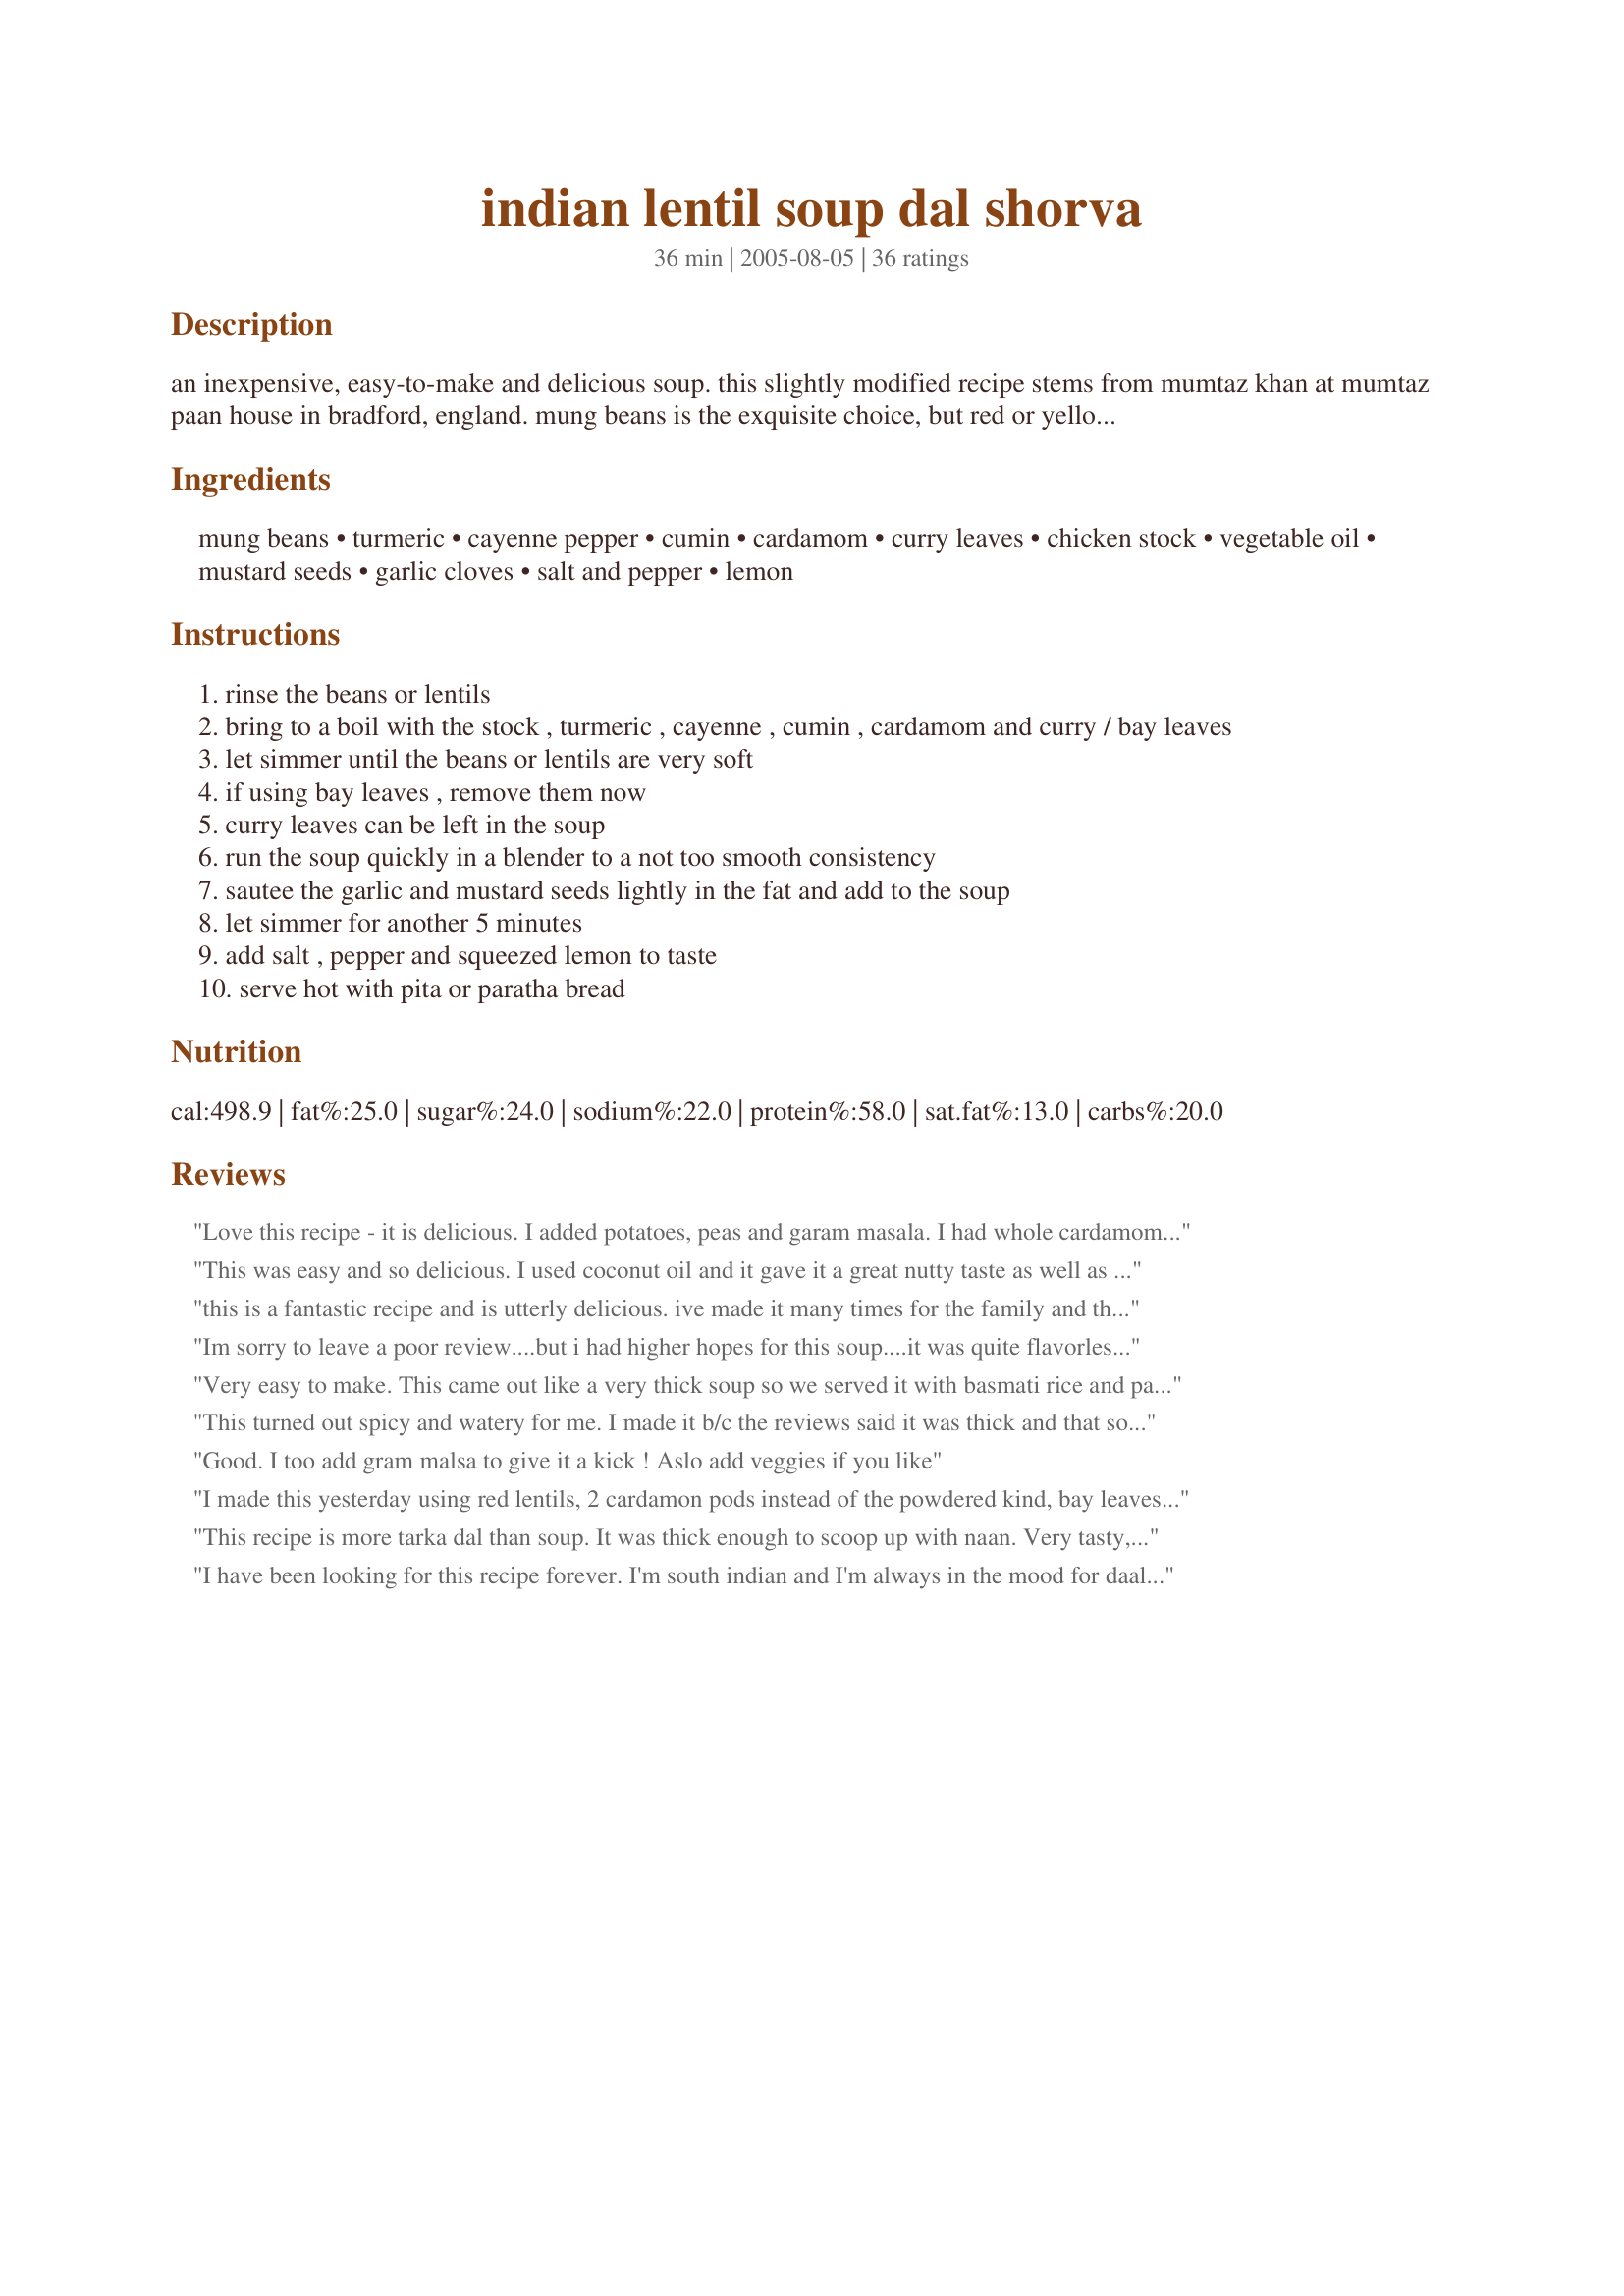
indian lentil soup dal shorva
Preparation time: 36 minutes

an inexpensive, easy-to-make and delicious soup. this slightly modified recipe stems from mumtaz khan at mumtaz paan house in bradford, england. mung beans is the exquisite choice, but red or yellow lentils also make a delicious result (green lentils are not recommended). the chicken stock can be replaced with vegetable stock for a vegetarian variety. this recipe can also be made with less liquid and served as a stew.¨

improvement, a little off tradition, but works even better: 1) fry the lentils/beans for a few seconds in ghee before adding the spices and liquid. 2) add just a little tomato purée (1 tsp) to the soup. 3) add one diced potato together with the lentils/beans.

Ingredients:
mung beans, turmeric, cayenne pepper, cumin, cardamom, curry leaves, chicken stock, vegetable oil, mustard seeds, garlic cloves, salt and pepper, lemon

Steps:
rinse the beans or lentils
bring to a boil with the stock , turmeric , cayenne , cumin , cardamom and curry / bay leaves
let simmer until the beans or lentils are very soft
if using bay leaves , remove them now
curry leaves can be left in the soup
run the soup quickly in a blender to a not too smooth consistency
sautee the garlic and mustard seeds lightly in the fat and add to the soup
let simmer for another 5 minutes
add salt , pepper and squeezed lemon to taste
serve hot with pita or paratha bread

Reviews:
Love this recipe - it is delicious. I added potatoes, peas and garam masala. I had whole cardamom pods, so cracked them and ground the seeds. Doubled the recipe - and I am glad that I did. Thank you Andre&#039; for the wonderful recipe.
This was easy and so delicious. I used coconut oil and it gave it a great nutty taste as well as an extra healthy kick. Love it!
this is a fantastic recipe and is utterly delicious. ive made it many times for the family and they all love it.
Im sorry to leave a poor review....but i had higher hopes for this soup....it was quite flavorless for me...and needed more 'umph'....i probably shouldve used some onion/veg for the base......i was excited to try it....and ended up having to tweak a lot to improve it...
Very easy to make. This came out like a very thick soup so we served it with basmati rice and parathas. Turned out delicious and my 4 yr old and 2 yr old loved it also!
This turned out spicy and watery for me. I made it b/c the reviews said it was thick and that someone's two year old loved it. I did use Guatamalen Cardamom, so I wonder if that affected the spice?

I added flour and it thickened nicely but the taste could not be saved...the spice was overwhelming. Sorry.
Good. I too add gram malsa to give it a kick ! Aslo add veggies if you like
I made this yesterday using red lentils, 2 cardamon pods instead of the powdered kind, bay leaves, and no mustard seeds. For the stock, I used the vegetarian kind. This was so delicious , thank you!
This recipe is more tarka dal than soup. It was thick enough to scoop up with naan. Very tasty, and the mung beans are a nice choice. Thanks for posting!
I have been looking for this recipe forever. I'm south indian and I'm always in the mood for daal and catfish fry with mango pickle on the side. This will definitely become a staple in my house. Thank you for sharing!
I made this for my church's potluck and three people asked for the recipe as it was the best lentil soup they had. I made mine vegan. I need to investigate more where you can get different lentils or Mung beans. Perhaps Whole Foods. My geneneral grocery store only had one type and I'm not even sure if it was yellow or the not recommended green lentils. Having not used turmeric before, be careful as it will stain anything yellow. Clorox did get it off my formica counter top, sink and faucet (all are white). I also had to go out and get several of the spices. Cardamon is very expensive but interestingly, the McCormick brand at Stop & Shop was $15, the 365 Whole Foods brand was $10 and the Organic Whole Foods brand was $7 so worth pricing it at Whole Foods if you need this spice. I got ground Cardamon. I like the idea below about topping the soup with fresh cilantro, which I'll do next time.
What an epiphany to make lentil soup with mung beans. Definitely made for a gorgeous silky smooth soup. I got my split yellow mung beans at the Chinese grocer. The soup turned out fantastic despite some substitutions: 2 bouillon cubes with water instead of stock (but omitted salt), added some ground fenugreek and masala curry powder instead of curry leaves, and threw in a diced carrot and a couple sticks of celery with their leaves, near the end. So very delicious!
good! i used tamarind instead of lemon. 2 tsps mustard seeds might be a bit much.
I really love this recipe. It is easy to throw together and sit and simmer. I have been playing around with the amount of broth for perfect consistencies. I like to use less than the amount of broth stated so I get a thicker dal. I have made this many times, and it goes perfectly with a side of basmati rice. I do mix up the lentils, but do mostly red, as I like it that way best :] This is such a wonderful recipe!
To feed a crowd, I used split red lentils and doubled everything EXCEPT the stock, which I kept to about 7 cups total, and tossed everything except the lemon into the crock pot for six hours. I wanted -- and got -- a nice thick texture to serve with naan and/or rice and lemon alongside. Delicious flavors. Definite do again.
I used Yellow lentils. Add potatoes and freshly grated ginger. Delicious!!
This recipe is a gem - so easy to make, light, and honestly, the best lentil soup I have ever had. I added 1 t salt and used orange lentils. Delicate rather than heavy taste.
This soup has it all: easy, cheap, healthy and delicious. Used red lentils, one clove of elephant garlic, shrimp stock, and mustard oil. Sooo delicious! I had two bowls and my chef husband wolfed it down as well. A keeper!
Yum! Great soup. Super quick and easy to throw together with ingredients I had on hand. I altered the recipe quite a bit. I added onion, carrot, celery, a bit of salt, dash or garam masala, a generous dash of Kitchen King blend. Used 2c homemade chicken stock, 4c veg boullion and probably another 3c water (based on reviews, as I wanted a thinner soup). I also altered the method in that I started by sauteing the onion (maybe 1/2c) in ghee with a bit of asafetida and most of the spices. Then added the lentils and broth. Since I was using whole cardamon pods I added them with the bay leaves. Let it simmer gently for half an hour before removing the bay leaves and adding 1c finely diced carrots and 1c finely diced celery. I let the soup simmer for another hour or more before removing the cardamon pods, only because I had time, it probably wasn't necessary. The result was excellent - a light yet hearty soup with just the right flavour. Glad I added extra liquid - now I have more leftovers! :) Will definitely make again. Thanks for a wonderful recipe!
Loved it! I decided not to puree the soup but followed the recipe otherwise. Quick and healthy recipes are my favorite! Thanks for sharing.
Good, simple and very satisfying. Thanks.
This was very good! I made the recipe pretty much as written.
This was really good, and I had all of the ingredients on hand so it was convenient, too. The mung beans took about an hour to cook. I wonder if this is because the recipe used split mung beans (I used whole green mung beans)? Anyway, it was worth the wait.
Had a craving for lentil soup... and LOVED your recipe!! Double de recipe and used some yellow lentils. Didn't have any mustard seeds so didn't use. Thanks for a recipe that I will be making again and again! :)
Amazing lentil soup recipe! I am eating some right now and am about to take it to a friend. I used a full tsp of cayenne, lots of fresh ground pepper, and pureed it to a nice texture. I will definitely make this again.
A few suggestions that would make this recipe 5 stars:<br/><br/>Needs about a teaspoon of salt and a couple dashes of garam masala to round out the flavor. Also, to get the texture just right, I'd suggest putting the mixture into a blender or food processor after cooked.<br/><br/>I cooked this for lunch today and adjusted it as mentioned above and it was fantastic. Little strong for my pregnant wife though...
Great soup - easy to make and tastes wonderful!
Wow, what a fantastic soup! I love East Indian cuisine, and this simple but so flavourful soup is a real winner. The best recipe I have tried in ages.
I made this for an Indian - themed dinner party - and it was the HIT of the night. I had never made Indian Food before, and altough everything was great - this soup was the star - everyone was asking for the recipe! I used Mung beans, cardamom pods and I forgot the lemon (even though I had it ready) and I doubled the recipie - which easily served 6 people with leftovers for 2 more days. (every bit was eaten!) Yummmm - I will definetly make this again. Since I got all my groceries at the Indian food store - I have enough supplies to last a lifetime.
This is a very good soup. I used chicken broth -- but am interested in trying chicken stock next time to see any variation.
I never used to even consider eating lentils, I made this long awaited soup for my husband and he loved it, and urged me to try it. It's lovely! I added finely chopped potatoes, celery and carrots which made it much more filling.
Yum! This was wonderful and I love the spice...I used the yellow split mung beans and it was thick and creamy. I topped it with fresh cilantro!
Delicous. Within the choices of the recipe...I used red lentils, curry leaves, homemade veggie stock, and ghee. I subbed mustard powder for the seeds since that was what I had on-hand. I also split the recipe in half for the two of us. Everything worked out very well. We ate it with basmati rice and naan, and we finished the entire dish! We will be keeping this super-simple &amp; budget-friendly dish in our rotation for sure. Thanks for sharing!
This turned out well. It is a very simple dal with good spices and the right amount of spiciness for me. I didn't really understand the instructions about the lemon so I just added a whole lemon worth of juice, which it needed.

Update: Changing my rating to five stars instead of four. Enjoy this recipe very much. May be a little thicker than traditional dal and there is no step for mashing the dal, which is often done in Indian cooking. I end up simmering for quite a while and then adding a little water when I reheat it. I also use low sodium stock.

Edit-6-9-10-I prefer this recipe with red lentils.
I&#039;ve made this soup twice and love it. I have to add my own touch to everything, so a chopped sauteed sweet onion was added, 2 diced carrots, some chopped celery. I always double the recipe so I can eat it the next day or freeze any left over. there rarely is.
I made a profile here just to review this recipe. It is brilliant. I&#039;ve made it both ways; with the recommended amount of liquid and with about four cups of stock and preferred it with less as it makes it more filling feeling. This is a new lifetime recipe for me.
